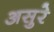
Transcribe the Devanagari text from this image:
असुरे